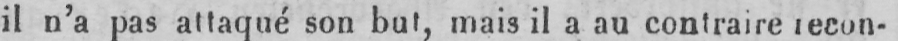
il n’a pas attaqué son but, mais il a au contraire recon-